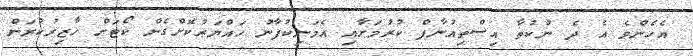
އެހެންވެ އެ ދެ ނުކުތާ އިސްތިއުނާފް ކުރުމަށާއި އެމަނިކުފާނު ހައްޔަރުކޮށްގެން ކޯޓަށް ހާޒިރުކުރަން